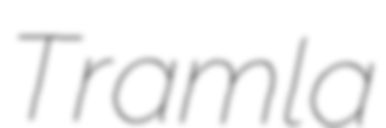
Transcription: Tramla